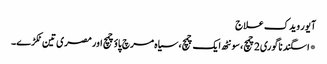
آیور ویدک علاج
*اسگند ناگوری2چمچ، سونٹھ ایک چمچ، سیاہ مرچ پاؤ چمچ اور مصری تین ٹکڑے۔